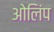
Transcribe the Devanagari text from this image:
ओलिंप